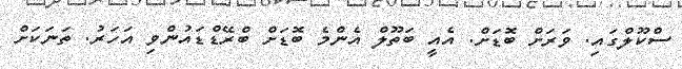
ސްކޫލްގައި. ވަރަށް ބޮޑަށް. އެއީ ބަތޫލް އެންމެ ބޮޑަށް ބްރޭޑްޑައުންވި އަހަރު. ތަނަކަށް